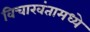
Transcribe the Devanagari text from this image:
विचारवंतामध्ये